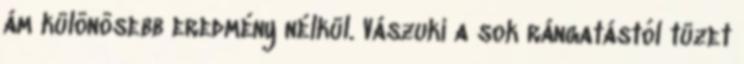
ám különösebb eredmény nélkül. Vászuki a sok rángatástól tüzet